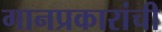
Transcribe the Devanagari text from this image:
गानप्रकारांची